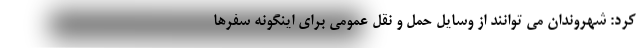
کرد: شهروندان می توانند از وسایل حمل و نقل عمومی برای اینگونه سفرها